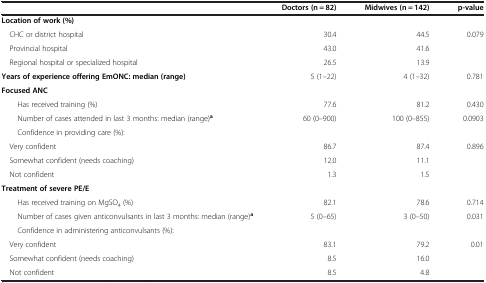
<table><thead><tr><td><b> </b></td><td><b>Doctors (n = 82)</b></td><td><b>Midwives (n = 142)</b></td><td><b>p-value</b></td></tr></thead><tbody><tr><td><b>Location of work (%)</b></td><td> </td><td> </td><td> </td></tr><tr><td> CHC or district hospital</td><td>30.4</td><td>44.5</td><td rowspan="3">0.079</td></tr><tr><td> Provincial hospital</td><td>43.0</td><td>41.6</td></tr><tr><td> Regional hospital or specialized hospital</td><td>26.5</td><td>13.9</td></tr><tr><td><b>Years of experience offering EmONC: median (range)</b></td><td>5 (1–22)</td><td>4 (1–32)</td><td>0.781</td></tr><tr><td><b>Focused ANC</b></td><td> </td><td> </td><td> </td></tr><tr><td>Has received training (%)</td><td>77.6</td><td>81.2</td><td>0.430</td></tr><tr><td>Number of cases attended in last 3 months: median (range)<sup><b>a</b></sup></td><td>60 (0–900)</td><td>100 (0–855)</td><td>0.0903</td></tr><tr><td>Confidence in providing care (%):</td><td> </td><td> </td><td> </td></tr><tr><td> Very confident</td><td>86.7</td><td>87.4</td><td rowspan="3">0.896</td></tr><tr><td> Somewhat confident (needs coaching)</td><td>12.0</td><td>11.1</td></tr><tr><td> Not confident</td><td>1.3</td><td>1.5</td></tr><tr><td><b>Treatment of severe PE/E</b></td><td> </td><td> </td><td> </td></tr><tr><td>Has received training on MgSO<sub>4</sub> (%)</td><td>82.1</td><td>78.6</td><td>0.714</td></tr><tr><td>Number of cases given anticonvulsants in last 3 months: median (range)<sup><b>a</b></sup></td><td>5 (0–65)</td><td>3 (0–50)</td><td>0.031</td></tr><tr><td>Confidence in administering anticonvulsants (%):</td><td> </td><td> </td><td> </td></tr><tr><td> Very confident</td><td>83.1</td><td>79.2</td><td rowspan="3">0.01</td></tr><tr><td> Somewhat confident (needs coaching)</td><td>8.5</td><td>16.0</td></tr><tr><td> Not confident</td><td>8.5</td><td>4.8</td></tr></tbody></table>